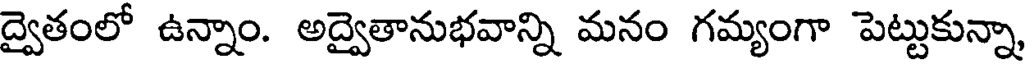
ద్వైతంలో ఉన్నాం. అద్వైతానుభవాన్ని మనం గమ్యంగా పెట్టుకున్నా